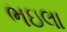
ભઇલા